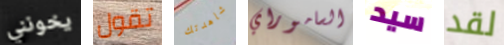
يخونني تقول شاهدتك الساموراي سيد لقد